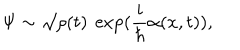
LaTeX: \Psi \sim \surd \rho ( t ) ~ \exp ( \frac { i } { \hbar } \alpha ( x , t ) ) ,